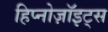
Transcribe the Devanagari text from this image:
हिप्नोज़ॉइट्स